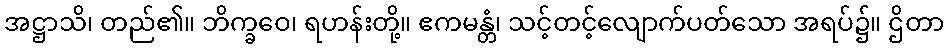
အဋ္ဌာသိ၊ တည်၏။ ဘိက္ခဝေ၊ ရဟန်းတို့။ ဧကမန္တံ၊ သင့်တင့်လျောက်ပတ်သော အရပ်၌။ ဌိတာ